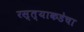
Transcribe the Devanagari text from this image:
रस्त्याकडेचा